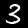
Label: 3